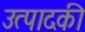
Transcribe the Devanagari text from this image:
उत्पादकी